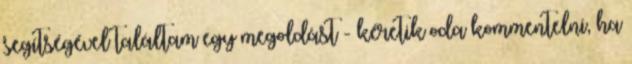
segítségével találtam egy megoldást - kéretik oda kommentelni, ha